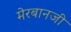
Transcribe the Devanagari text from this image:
मेरबानजी